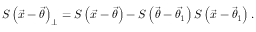
S \left( \vec { x } - \vec { \theta } \right) _ { \perp } = S \left( \vec { x } - \vec { \theta } \right) - S \left( \vec { \theta } - \vec { \theta _ { 1 } } \right) S \left( \vec { x } - \vec { \theta } _ { 1 } \right) .